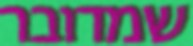
שמדובר